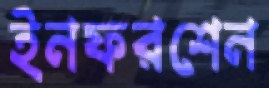
ইনফরশেন